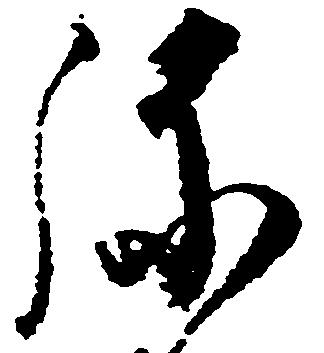
弥